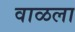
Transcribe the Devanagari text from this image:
वाळला